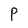
Character: P